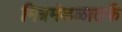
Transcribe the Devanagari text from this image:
मित्रमंडळातर्फे